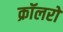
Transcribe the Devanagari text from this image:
क्रॉलरों